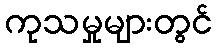
ကုသမှုများတွင်